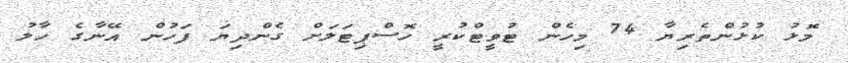
މޮޅު ކުޅުންތެރިޔާ 74 މިހެން ޓުވީޓްކުރީ ހޮސްޕިޓަލަށް ގެންދިޔަ ފަހުން އޭނާގެ ހާލު